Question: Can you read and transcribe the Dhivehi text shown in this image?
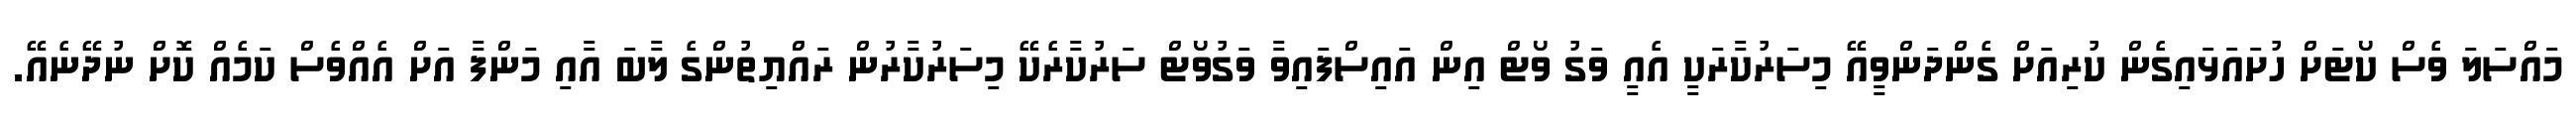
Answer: މައްސަލަ ވެސް ކޯޓަށް ހުށައަޅައިގެން ކުރިއަށް ގެންދަންވީއޭ މިސަރުކާރަކީ އެއީ ވަގު ވޯޓް އިން އައިސްފައިވާ ވަގުވޯޓް ސަރުކާރެކޭ މިސަރުކާރުން ރައްޔިތުންގެ ލާބަ އާއި މަންފާ އަށް އެއްވެސް ކަމެއް ކޮށް ނުދޭނެއޭ.